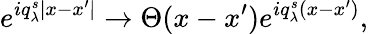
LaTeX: e^{iq_{\lambda}^{s}|x-x^{\prime}|}\to\Theta(x-x^{\prime})e^{iq_{\lambda}^{s}(x-x^{\prime})},